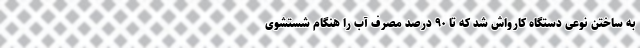
به ساختن نوعی دستگاه کارواش شد که تا ۹۰ درصد مصرف آب را هنگام شستشوی